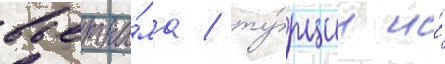
вьетна́ма / ту́рции и́